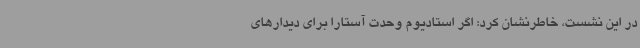
در این نشست، خاطرنشان کرد: اگر استادیوم وحدت آستارا برای دیدارهای